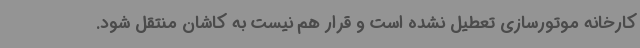
کارخانه موتورسازی تعطیل نشده است و قرار هم نیست به کاشان منتقل شود.